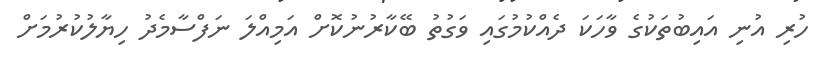
ހުރި އުނި އައިބުތަކުގެ ވާހަކަ ދެއްކުމުގައި ވަގުތު ބޭކާރުނުކޮށް އަމިއްލަ ނަފްސާމެދު ހިޔާލުކުރުމަށް